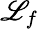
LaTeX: \mathscr{L}_{f}